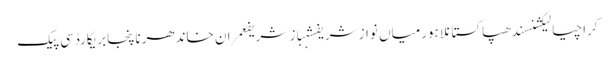
کراچیالیکشنسندھپاکستانلاہورمیاں نواز شریفشہباز شریفعمران خاندھرناپنجابریکارڈسی پیک